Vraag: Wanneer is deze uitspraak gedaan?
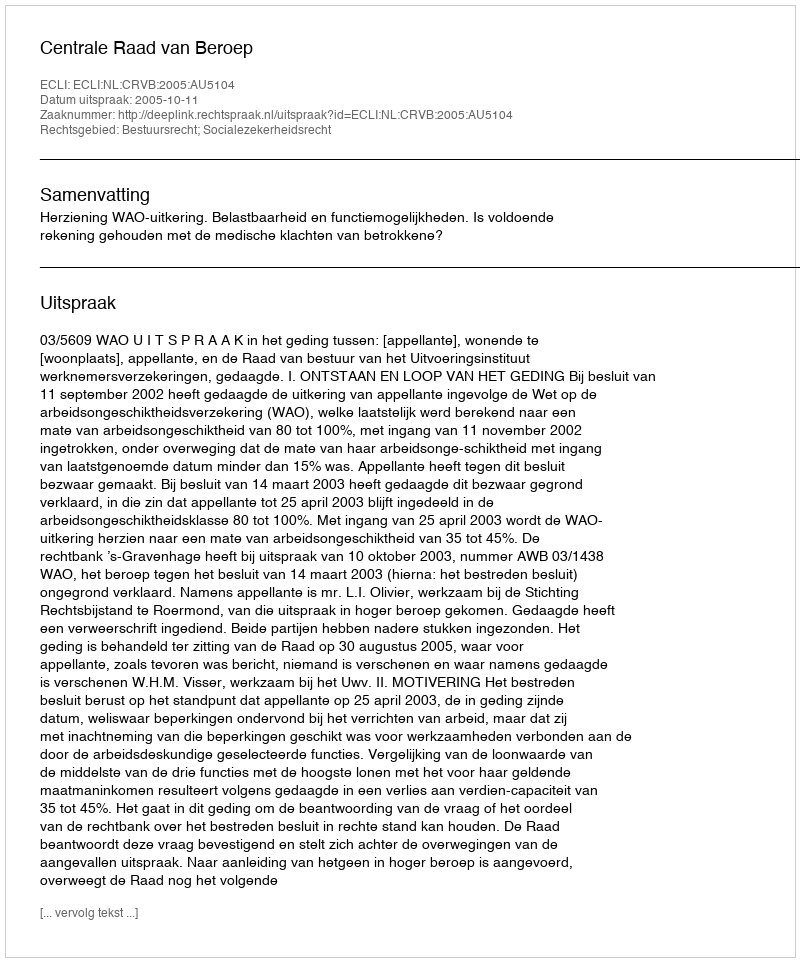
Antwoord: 2005-10-11